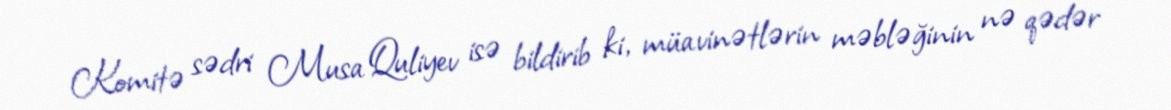
Komitə sədri Musa Quliyev isə bildirib ki, müavinətlərin məbləğinin nə qədər